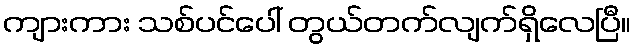
ကျားကား သစ်ပင်ပေါ် တွယ်တက်လျက်ရှိလေပြီ။